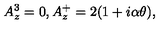
A _ { z } ^ { 3 } = 0 , A _ { z } ^ { + } = 2 ( 1 + i \alpha \theta ) ,